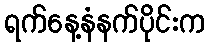
ရက်နေ့နံနက်ပိုင်းက